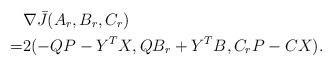
LaTeX: \begin{align*}& \nabla \bar{J}(A_r,B_r,C_r) \\=& 2( -QP-Y^TX, QB_r+Y^TB, C_rP-CX). \end{align*}